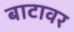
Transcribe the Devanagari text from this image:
बाटावर